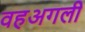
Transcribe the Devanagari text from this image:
वहअगली